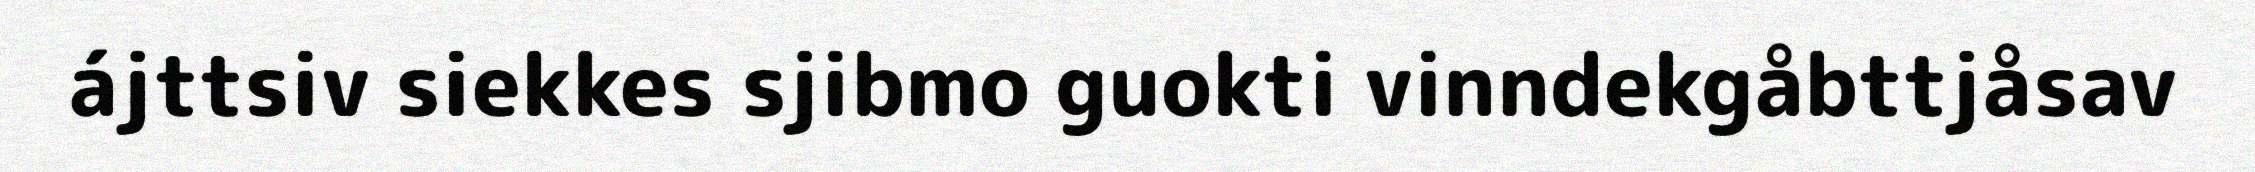
ájttsiv siekkes sjibmo guokti vinndekgåbttjåsav